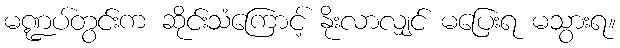
မဏ္ဍပ်တွင်းက ဆိုင်းသံကြောင့် နိုးလာလျှင် မပြေးရ မသွားရ။